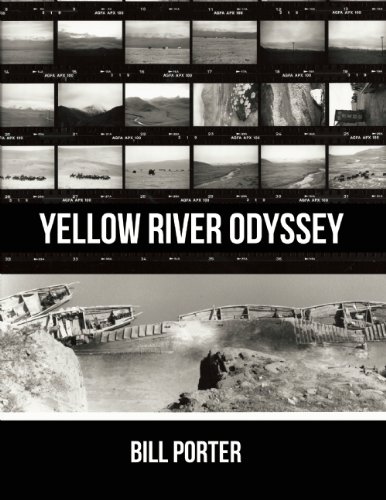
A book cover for Yellow River Odyssey; Bill Porter; Arts & Photography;